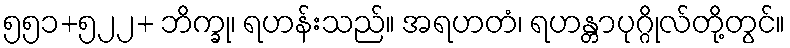
၅၅၁+၅၂၂+ ဘိက္ခု၊ ရဟန်းသည်။ အရဟတံ၊ ရဟန္တာပုဂ္ဂိုလ်တို့တွင်။